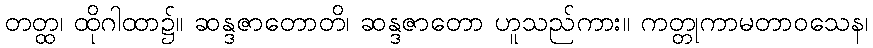
တတ္ထ၊ ထိုဂါထာ၌။ ဆန္ဒဇာတောတိ၊ ဆန္ဒဇာတော ဟူသည်ကား။ ကတ္တုကာမတာဝသေန၊